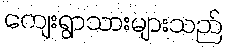
ကျေးရွာသားများသည်